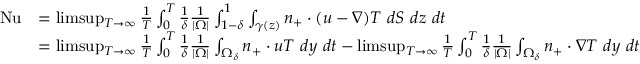
\begin{array} { r l } { \mathrm { { N u } } } & { = \operatorname* { l i m s u p } _ { T \to \infty } \frac { 1 } { T } \int _ { 0 } ^ { T } \frac { 1 } { \delta } \frac { 1 } { | \Omega | } \int _ { 1 - \delta } ^ { 1 } \int _ { \gamma ( z ) } n _ { + } \cdot ( u - \nabla ) T \ d S \ d z \ d t } \\ & { = \operatorname* { l i m s u p } _ { T \to \infty } \frac { 1 } { T } \int _ { 0 } ^ { T } \frac { 1 } { \delta } \frac { 1 } { | \Omega | } \int _ { \Omega _ { \delta } } n _ { + } \cdot u T \ d y \ d t - \operatorname* { l i m s u p } _ { T \to \infty } \frac { 1 } { T } \int _ { 0 } ^ { T } \frac { 1 } { \delta } \frac { 1 } { | \Omega | } \int _ { \Omega _ { \delta } } n _ { + } \cdot \nabla T \ d y \ d t } \end{array}